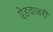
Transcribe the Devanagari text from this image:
ऐडवाजरी